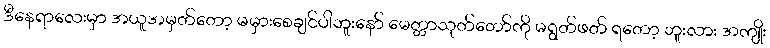
ဒီနေရာလေးမှာ အယူအမှတ်တော့ မမှားစေချင်ပါဘူးနော် မေတ္တာသုတ်တော်ကို မရွတ်ဖတ် ရတော့ ဘူးလား အကျိုး